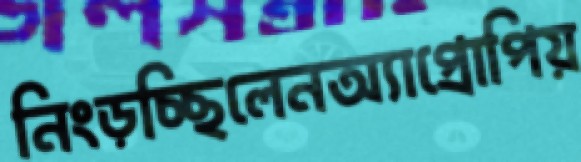
নিংড়চ্ছিলেনঅ্যাপ্রোপিয়